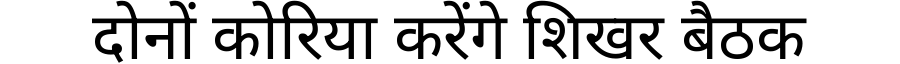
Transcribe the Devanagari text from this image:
दोनों कोरिया करेंगे शिखर बैठक